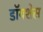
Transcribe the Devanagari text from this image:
डॉयशेस